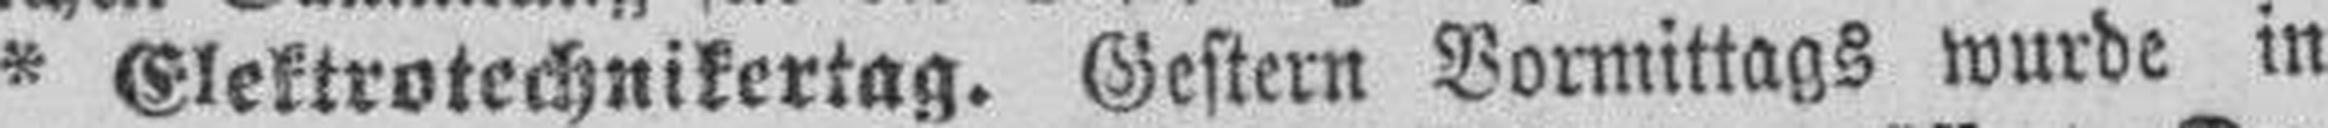
* Elektrotechnikertag. Gestern Vormittags wurde in